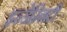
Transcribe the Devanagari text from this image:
इन्डेम्निटी